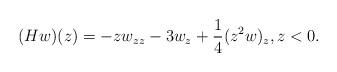
LaTeX: \begin{align*}(Hw)(z) = -z w_{zz} - 3 w_z + \frac{1}{4} (z^2 w)_z, z < 0.\end{align*}